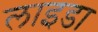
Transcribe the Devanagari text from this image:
लाइडा